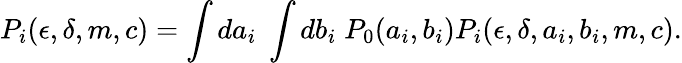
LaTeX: P_{i}(\epsilon,\delta,m,c)=\int da_{i}\; \int db_{i}\; P_{0}(a_{i},b_{i})P_{i}(\epsilon,\delta,a_{i},b_{i},m,c).